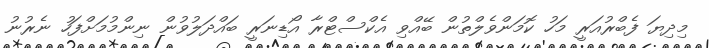
މިދިޔަ ފެބްރުއަރީ މަހު ކޮމަންވެލްތުން ބޭއްވި އެކްސްޓްރާ އޯޑިނަރީ ބައްދަލުވުން ނިންމުމަށްފަހު ނެރުނު